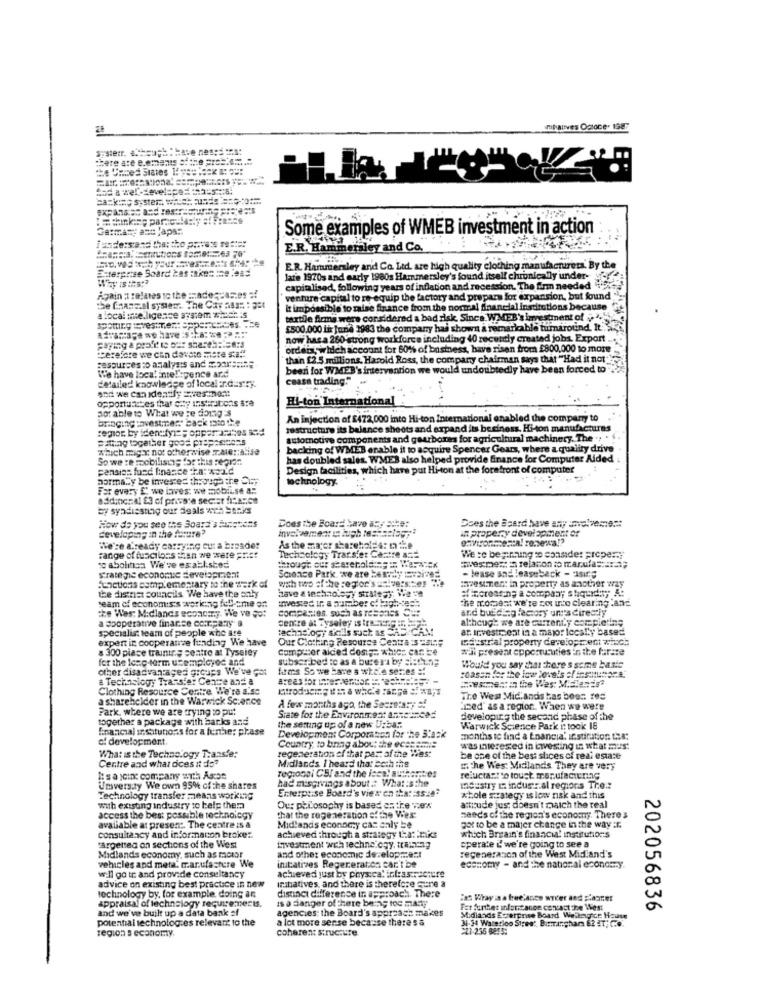
Titanves Ogtone. 198
"Rete are e.emamts =: the =======.=
the Caves states !=== == ===!
Germany and Japan.
Some examples of WMEB investment in action
E.R. Hammersley and Co.
Enterprise Soard 2as :ke= == e .985
E.R. Hammersley and Co. Ltd. are high quality clothing manufacturers. By the
late 1970s and early 1980s Hammersley's found itself chronically under- og
capitalised, following years of inflation and recession. The firm needed "
Again : relates to the =hade qcases :
venture capital to re-equip the factory and prepare for expansion, but found
the fanssal syser. The Cay nas: : 25t
It impossible to raise finance from the normal financial institutions because
a local :telligence system #22CRIS
spotting :vestment Sppertences. The
textile firma were considered a bad risk, Since WMEB's investment of
£500.000 Lir June 1983 the company has shows a remarkable himaround. It.3
now has a 260 strong worldforce including 40 recently created jobs, Export
paying & profit ie oar shest.Rise:3
therefore we can davase mere sta!"
ordens which account for 60% of business, have risen from £800,000 to more
sesources :o analysis and =======
than [2.5 millions, Harold Ross, the company chairman says that "Had it not"
beeri for WMEB's intervention we would undoubtedly have been forced to.
We have loca.Ente! spence and
detailed knowledge of local arcurry.
ceasa trading."
opportuletes that city institutions are
Hi-ton Internationa
not able to What we're doing's
bringing :avestimert back 12to the
An injection of [472,000 into Hi-ton International enabled the company to
cemor by iden fylt; opparantes Bed
tostructure its balance sheets and expand its business. Hi-on manufacturas
patting together goos prep === ens
automotive components and gaurbores for agricultural machinery. The .. .
which migY not otherwise Tale :: a.ise
backing of WMEB enable it to acquire Spencer Gears, where a quality drive
So we :e mobilisti; for this region
has doubled sales. WMES also helped provide finance for Computer Aided
pensiss fued finance ha: would
Design facilities, which have put Hi-ton at the forefront of computer
normaly be invested through the Sur
technology.
For every E' we laves: ww mobilse a:
eddinc :: 41 93 of private sector france
by syadisstuny our deals with banks
How do you see the Board's turations
Does the Board have any site:
developing in the future?
Does the Ssard have any involvement
in propery development of
We've already carrying cur a broader
As the maper sharehol-4: nie
Technology Transfer Castre ast
Were bepruing to consider property
se abolitica We've establ.sted
Fange of functions then we were Frist
through our sharebol ==== == Mer tex
wivesnext in relation to marula ==== "
- Jease and leaseback - "Ising
strategie economic development
functions complementary to the work of
Science Park, we are 24Pay ares
with two ofthe segfor's =sivers.tes ...
Investment in property as another way
the district councils We have the only
have & technology strategy. Nie ve
seam of economis's werking fell-ame of
invested in. a number c .. ugh-ce ==
the moment we're zou into clearing .an-
the West Midlands econc.y. We've got
companies, such as resonos C =:
and buiding factory ungs directiy
a cooperative finanse co.T.pa.7y a
although we are currently completing
specialist team of people who are
technology sicils such as CHE CAM
Centre at Tyseley is tre garpor
at Investment in a major local'y based
expert in cooperative funding We have
Our Clothing Resource Centra :3 Cal;
Dustrial property development winch
& 300 place trainir .; seatto at Tyssiey
Computer aided dost ;-. which can be
wal present opportunities in the furare
for the long-term usemployed and
subscribed to as a burera by eistung
other disadvantages groups We've got
firms So we have a where series =!
Would you say thatthere s some baste
:0asan fer the low levels of irsatumare.
& Technology Transfer Cence and a
Woesmestin the West Midlands
Clothing Resource Centre We're a.se
a shareholder in the Warwick Science
The West Midlands has been red
Park, where we are trying to put
A few months ago, the Secretary of
"med' as a regior .. When we were
together a package with barks and
Srate for the Environment anneincas
developing the second phase of the
financial institutions for a ferthe: please
the setting up of a new Urba ::
Development Corporation for the 3'ask
Warwick Science Park it took 16
of development
months to find a Enancia' istication the:
Country, to bring about the ecseami:
regeneration of that part of the West
was interested in civesting in what mus:
What is the Technology Transfer
Centre and what dices it do?
be one of the best slices of real estate
Midlands I heard that both the
E.the West Midlands They are very
I: sa join company with Ason
had misgivings about . What :sthe
regional CB/ and the lece! authorities
reluctantto toust. manufacturing
Unversity We own 95% of the shares
Enterprise Board's view en tha: : ssze
Industry E indusz.al regions Tre .:
Technology transfer means working
whole strategy is low risk and this
with existing industry to help them
Our philosophy is based on the wex
attitude just doesn't match the real
access the best possible technology
that the regeneration of the Wes:
seeds of the region's economy. There s
avaliable at presen :. The centre is a
Midlands economy cas caly be
got to be a majer change in the way :c.
consultancy and informacon broke :.
achieved through a strategy La: miks
which Britain's financial institutions
targetted on sections of the West
investment with technology, trauung
operate i! we're going to see a
regenerason of the West Midland's
Midlands economy, such as motor
and other economic development
vehicles and meta. manufacture We
initatrzes Regeneration Car I De
achieved just by physical infrastructure
economy - and the national economy.
will go tr: and provide consultancy
inthatives, and there is therefore qune a
advice on existing best practice in new
distinct difference in approach. There
technology by, for example, doing an
appraisal of technology requirements.
Is a danger of there being toc marty
"as Wray ia a freelance writer and Planner
and we've built up a data bank af
agencies: the Board's approach makes
Fer funket inlontanoe contact the West
202056836
potential technologies relevant to the
a lot more sense because there s a
3.34 Waterloo Street, Birrainghar 62 &T; C ...
Midlands Ecrerprise Board Welkegter House
region s economy,
coheren: structure
2ZI-236 BETS: